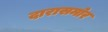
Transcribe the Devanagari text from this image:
दारासमोर